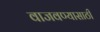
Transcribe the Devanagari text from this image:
वाजवण्यासाठी